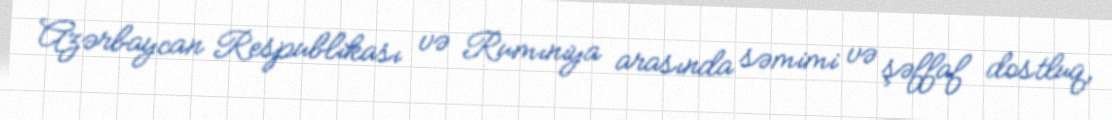
Azərbaycan Respublikası və Rumıniya arasında səmimi və şəffaf dostluq,